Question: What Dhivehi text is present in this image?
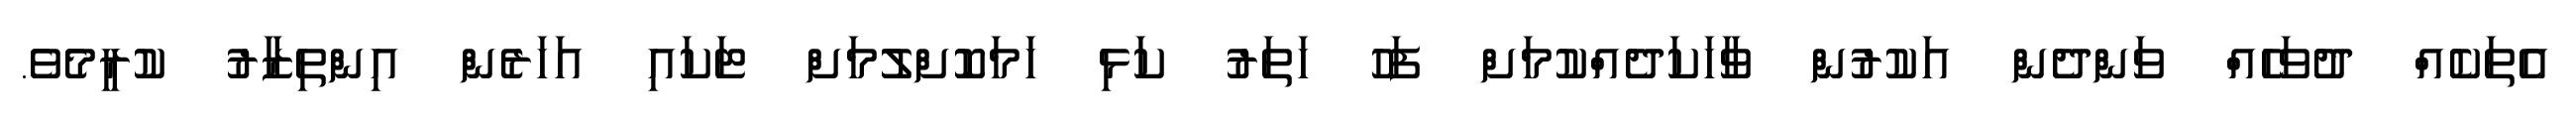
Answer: އެތަކެއް ދުވަހެއް ވަންދެން އަކުރުން ވާހަކަދެއްކުމަށް ފަހު ހަތަރު ކަޅި ހަމަކޮށްލުމަށް ޓަކައި އަހަރެން އިންތިޒާރު ކުރީމެވެ.